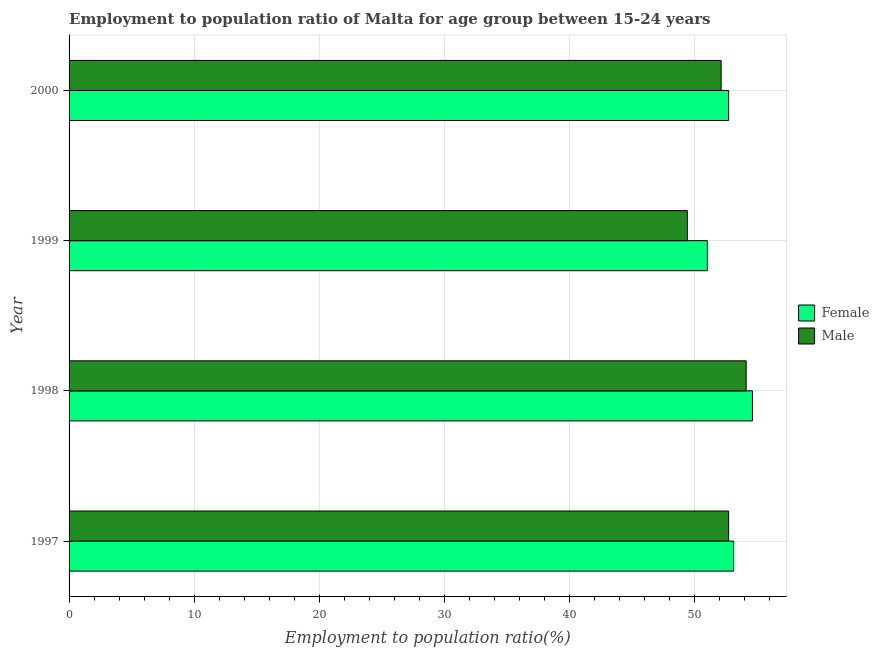
| Year | Female | Male |
 | --- | --- | --- |
 | 1997 | 53.1 | 52.7 |
 | 1998 | 54.6 | 54.1 |
 | 1999 | 51 | 49.4 |
 | 2000 | 52.7 | 52.1 |